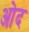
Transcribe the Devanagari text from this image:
ओद